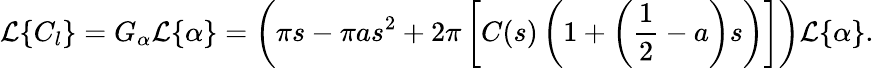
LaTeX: \mathcal{L}\{ C_{l}\} =G_{\alpha}\mathcal{L}\{ \alpha\} =\left(\pi s-\pi as^{2}+2\pi\left[C(s)\left(1+\left(\frac{1}{2}-a\right)s\right)\right]\right)\mathcal{L}\{ \alpha\} .